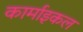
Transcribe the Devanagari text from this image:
कार्माइकल